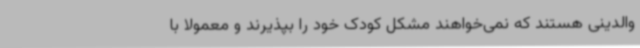
والدینی هستند که نمی‌خواهند مشکل کودک خود را بپذیرند و معمولاً با